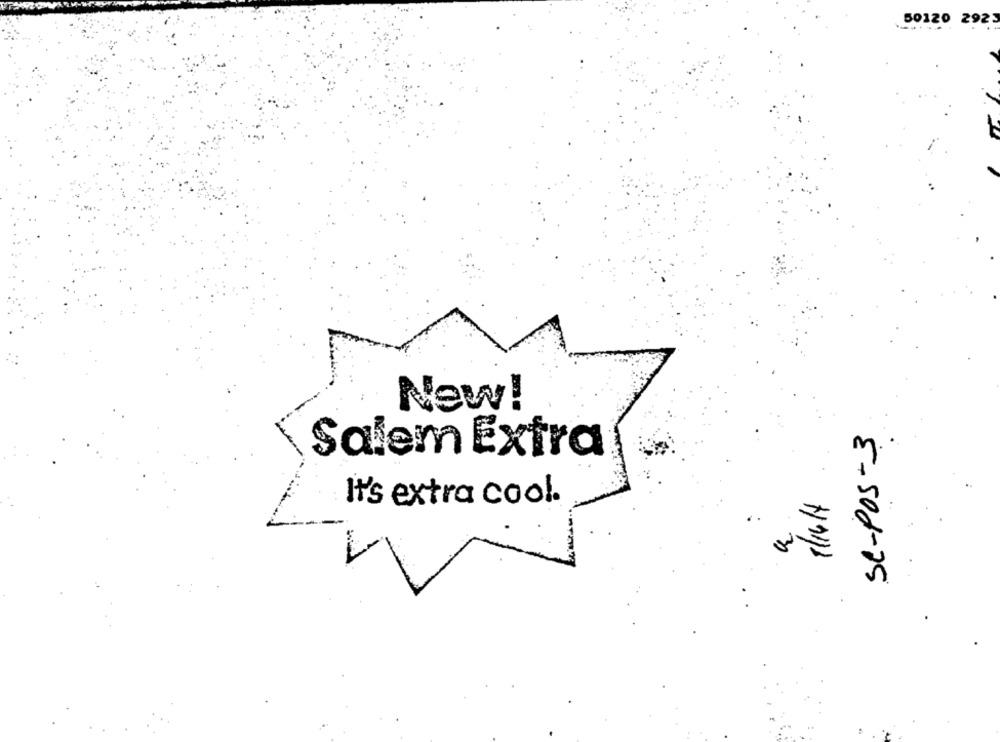
50120 2923
New!
SC-POS-3
Salem Extra
1/14/
It's extra cool.
L-